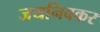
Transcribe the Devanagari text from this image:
जयनिबकर